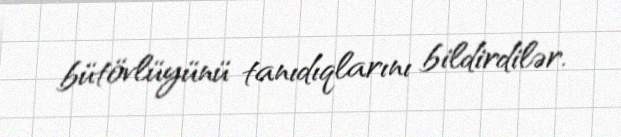
bütövlüyünü tanıdıqlarını bildirdilər.